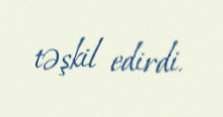
təşkil edirdi.